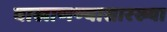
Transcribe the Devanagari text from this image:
वाखाणण्यासारख्या